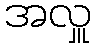
အလှူ